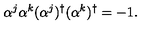
\alpha ^ { j } \alpha ^ { k } ( \alpha ^ { j } ) ^ { \dagger } ( \alpha ^ { k } ) ^ { \dagger } = - 1 .